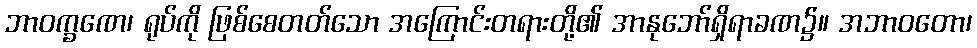
ဘာဝက္ခဏေ၊ ရုပ်ကို ဖြစ်စေတတ်သော အကြောင်းတရားတို့၏ အာနုဘော်ရှိရာခဏ၌။ အဘာဝတော၊